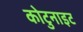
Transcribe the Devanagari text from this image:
कोटुनाइट